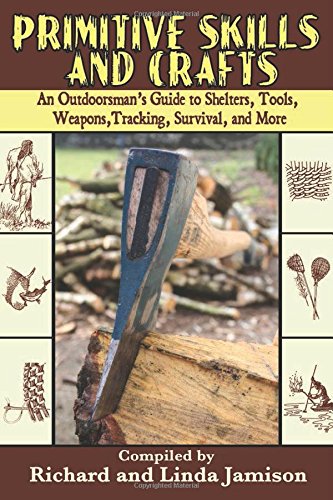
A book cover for Primitive Skills and Crafts: An Outdoorsman's Guide to Shelters, Tools, Weapons, Tracking, Survival, and More; Sports & Outdoors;